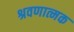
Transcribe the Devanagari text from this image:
श्रवणात्मक